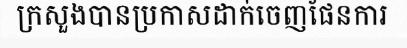
ក្រសួងបានប្រកាសដាក់ចេញផែនការ